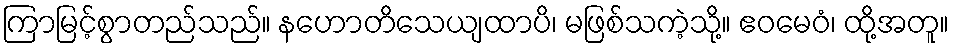
ကြာမြင့်စွာတည်သည်။ နဟောတိသေယျထာပိ၊ မဖြစ်သကဲ့သို့။ ဧဝမေဝံ၊ ထို့အတူ။